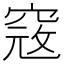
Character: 𥦲